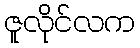
ဇူလိုင်လက